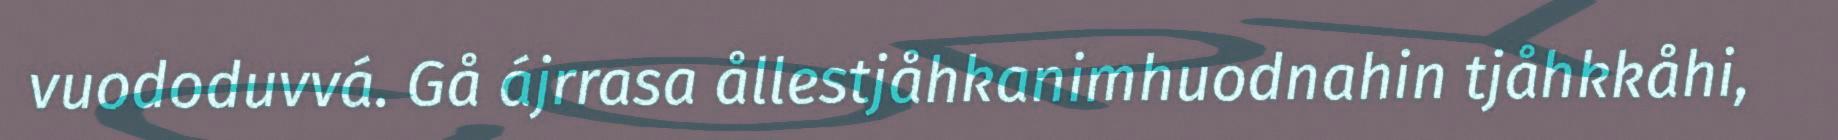
vuododuvvá. Gå ájrrasa ållestjåhkanimhuodnahin tjåhkkåhi,